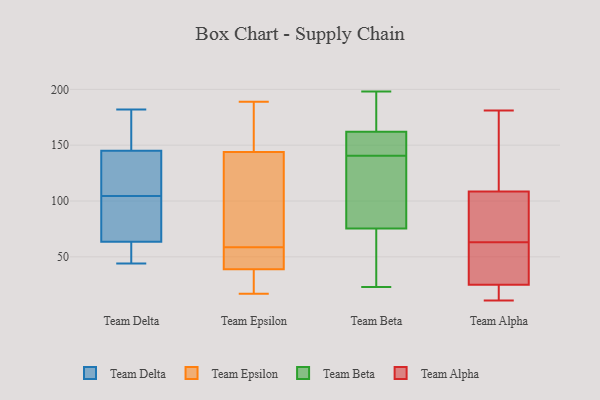
{"axis": {"x": "Website Visitors", "y": "Value"}, "legend": ["Team Alpha", "Team Beta", "Team Delta", "Team Epsilon"], "data": [{"x": "", "y": 113, "type": "Team Delta"}, {"x": "", "y": 55, "type": "Team Delta"}, {"x": "", "y": 72, "type": "Team Delta"}, {"x": "", "y": 177, "type": "Team Delta"}, {"x": "", "y": 96, "type": "Team Delta"}, {"x": "", "y": 182, "type": "Team Delta"}, {"x": "", "y": 121, "type": "Team Delta"}, {"x": "", "y": 159, "type": "Team Delta"}, {"x": "", "y": 45, "type": "Team Delta"}, {"x": "", "y": 82, "type": "Team Delta"}, {"x": "", "y": 131, "type": "Team Delta"}, {"x": "", "y": 44, "type": "Team Delta"}, {"x": "", "y": 21, "type": "Team Epsilon"}, {"x": "", "y": 17, "type": "Team Epsilon"}, {"x": "", "y": 189, "type": "Team Epsilon"}, {"x": "", "y": 73, "type": "Team Epsilon"}, {"x": "", "y": 59, "type": "Team Epsilon"}, {"x": "", "y": 152, "type": "Team Epsilon"}, {"x": "", "y": 39, "type": "Team Epsilon"}, {"x": "", "y": 58, "type": "Team Epsilon"}, {"x": "", "y": 144, "type": "Team Epsilon"}, {"x": "", "y": 43, "type": "Team Epsilon"}, {"x": "", "y": 66, "type": "Team Beta"}, {"x": "", "y": 97, "type": "Team Beta"}, {"x": "", "y": 146, "type": "Team Beta"}, {"x": "", "y": 71, "type": "Team Beta"}, {"x": "", "y": 175, "type": "Team Beta"}, {"x": "", "y": 161, "type": "Team Beta"}, {"x": "", "y": 157, "type": "Team Beta"}, {"x": "", "y": 39, "type": "Team Beta"}, {"x": "", "y": 82, "type": "Team Beta"}, {"x": "", "y": 80, "type": "Team Beta"}, {"x": "", "y": 135, "type": "Team Beta"}, {"x": "", "y": 152, "type": "Team Beta"}, {"x": "", "y": 188, "type": "Team Beta"}, {"x": "", "y": 42, "type": "Team Beta"}, {"x": "", "y": 118, "type": "Team Beta"}, {"x": "", "y": 198, "type": "Team Beta"}, {"x": "", "y": 175, "type": "Team Beta"}, {"x": "", "y": 159, "type": "Team Beta"}, {"x": "", "y": 163, "type": "Team Beta"}, {"x": "", "y": 23, "type": "Team Beta"}, {"x": "", "y": 39, "type": "Team Alpha"}, {"x": "", "y": 67, "type": "Team Alpha"}, {"x": "", "y": 27, "type": "Team Alpha"}, {"x": "", "y": 146, "type": "Team Alpha"}, {"x": "", "y": 11, "type": "Team Alpha"}, {"x": "", "y": 66, "type": "Team Alpha"}, {"x": "", "y": 177, "type": "Team Alpha"}, {"x": "", "y": 96, "type": "Team Alpha"}, {"x": "", "y": 19, "type": "Team Alpha"}, {"x": "", "y": 63, "type": "Team Alpha"}, {"x": "", "y": 52, "type": "Team Alpha"}, {"x": "", "y": 181, "type": "Team Alpha"}, {"x": "", "y": 14, "type": "Team Alpha"}]}